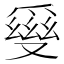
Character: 𤔪